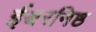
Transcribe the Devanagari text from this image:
ईश्वरनिष्ठ